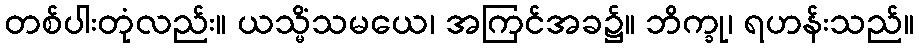
တစ်ပါးတုံလည်း။ ယသ္မိံသမယေ၊ အကြင်အခ၌။ ဘိက္ခု၊ ရဟန်းသည်။